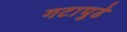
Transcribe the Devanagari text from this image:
गटापुढे